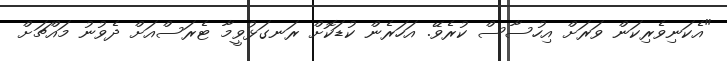
"އެކަނިވެރިކަން ވަރަށް އިހުސާސް ކުރެވޭ. އަހަރެން ކުޑަކޮށް ރަނގަޅުވީމާ ޓެރަސްއަށް ދެވުނު މައްޗަށް